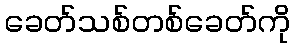
ခေတ်သစ်တစ်ခေတ်ကို